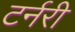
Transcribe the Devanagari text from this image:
टर्नरी